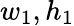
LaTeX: w_{1},h_{1}